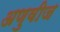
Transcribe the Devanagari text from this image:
अणुवीज